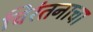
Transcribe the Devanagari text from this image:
चिरंतनाचा